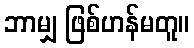
ဘာမျှ ဖြစ်ဟန်မတူ။